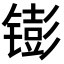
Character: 𬭵